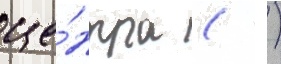
це́нтра (  )